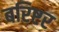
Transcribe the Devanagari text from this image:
बरिष्टर